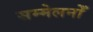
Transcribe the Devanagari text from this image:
सम्मेलनोँ